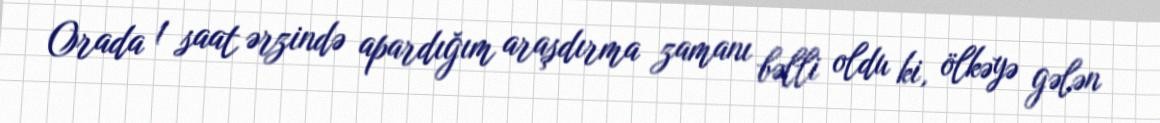
Orada 1 saat ərzində apardığım araşdırma zamanı bəlli oldu ki, ölkəyə gələn